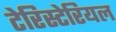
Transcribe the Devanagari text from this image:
टेरिस्टेरियल